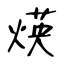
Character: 煐